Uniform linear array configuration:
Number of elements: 24
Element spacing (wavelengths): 0.25
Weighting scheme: exponential
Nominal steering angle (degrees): -60
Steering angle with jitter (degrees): -60.968
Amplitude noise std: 0.05
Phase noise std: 0.05

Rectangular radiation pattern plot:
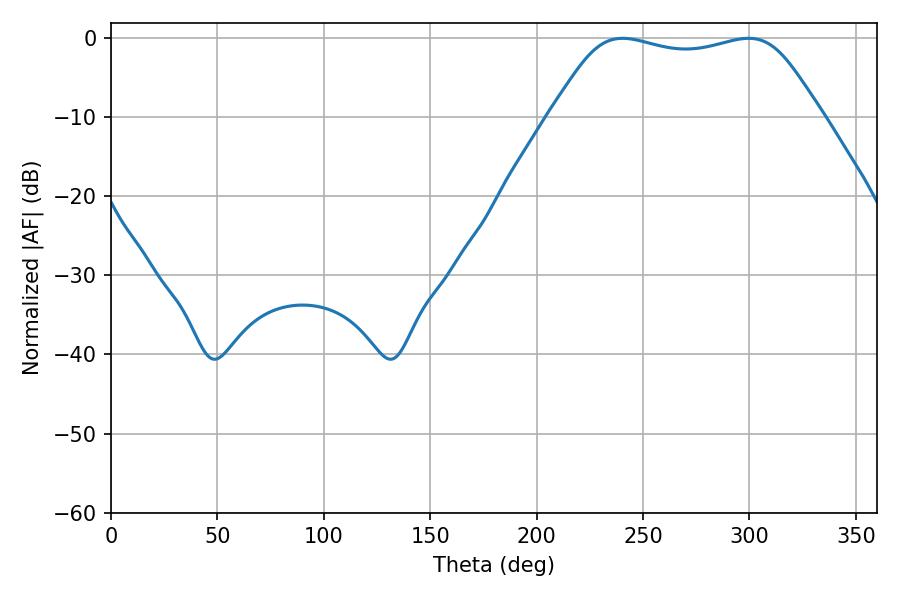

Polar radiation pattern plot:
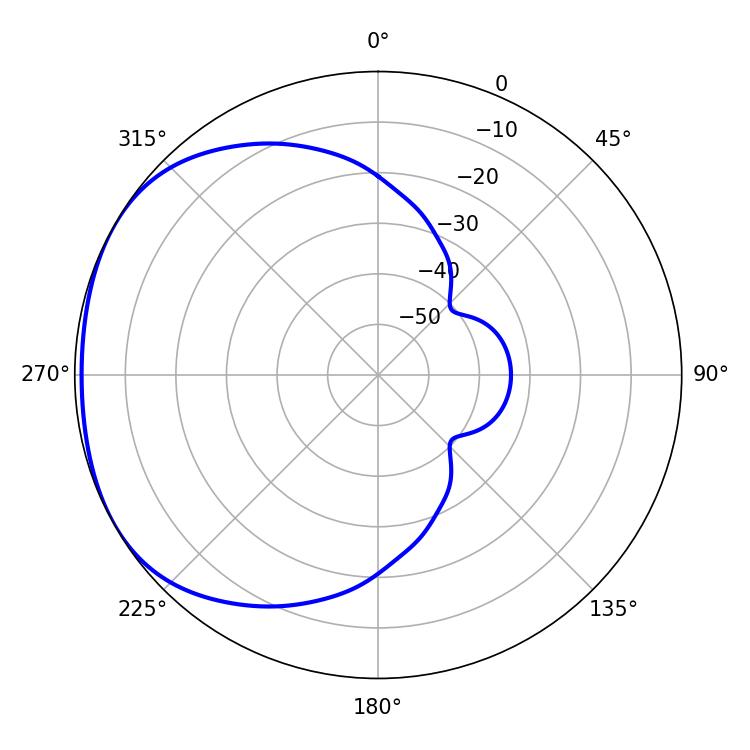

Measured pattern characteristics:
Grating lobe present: FALSE
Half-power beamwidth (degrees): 96.48
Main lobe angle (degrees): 240.48